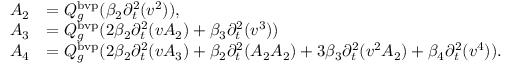
\begin{array} { r l } { A _ { 2 } } & { = Q _ { g } ^ { \mathrm { b v p } } ( \beta _ { 2 } \partial _ { t } ^ { 2 } ( v ^ { 2 } ) ) , } \\ { A _ { 3 } } & { = Q _ { g } ^ { \mathrm { b v p } } ( 2 \beta _ { 2 } \partial _ { t } ^ { 2 } ( v A _ { 2 } ) + \beta _ { 3 } \partial _ { t } ^ { 2 } ( v ^ { 3 } ) ) } \\ { A _ { 4 } } & { = Q _ { g } ^ { \mathrm { b v p } } ( 2 \beta _ { 2 } \partial _ { t } ^ { 2 } ( v A _ { 3 } ) + \beta _ { 2 } \partial _ { t } ^ { 2 } ( A _ { 2 } A _ { 2 } ) + 3 \beta _ { 3 } \partial _ { t } ^ { 2 } ( v ^ { 2 } A _ { 2 } ) + \beta _ { 4 } \partial _ { t } ^ { 2 } ( v ^ { 4 } ) ) . } \end{array}